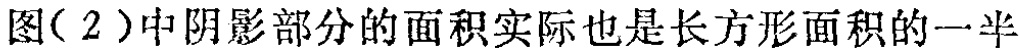
图(2)中阴影部分的面积实际也是长方形面积的一半